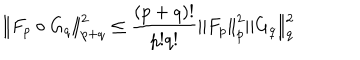
\left\| F _ { p } \circ G _ { q } \right\| _ { p + q } ^ { 2 } \leq \frac { ( p + q ) ! } { p ! q ! } \left\| F _ { p } \right\| _ { p } ^ { 2 } \left\| G _ { q } \right\| _ { q } ^ { 2 }